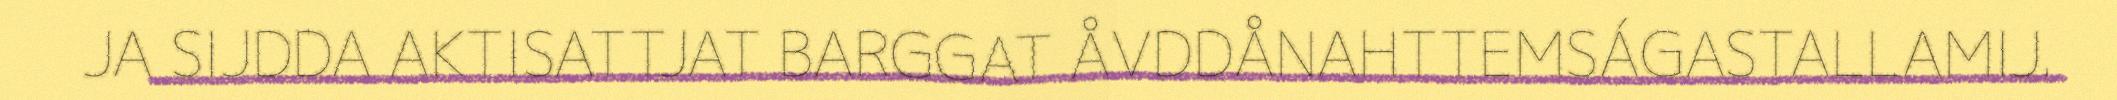
JA SIJDDA AKTISATTJAT BARGGAT ÅVDDÅNAHTTEMSÁGASTALLAMIJ.